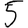
Digit: 5